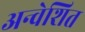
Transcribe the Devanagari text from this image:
अन्वेशित